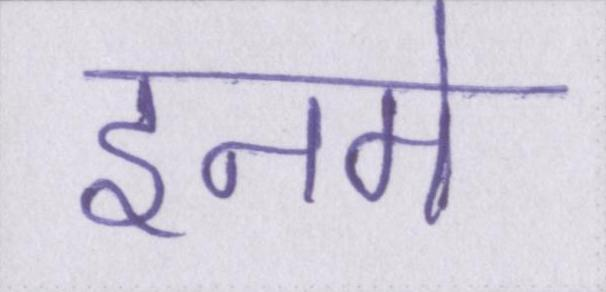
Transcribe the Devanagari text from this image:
इनमे